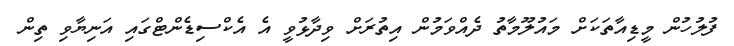
ފުލުހުން މީޑިއާތަކަށް މައުލޫމާތު ދެއްވަމުން އިތުރަށް ވިދާޅުވީ އެ އެކްސިޑެންޓްގައި އަނިޔާވި ތިން